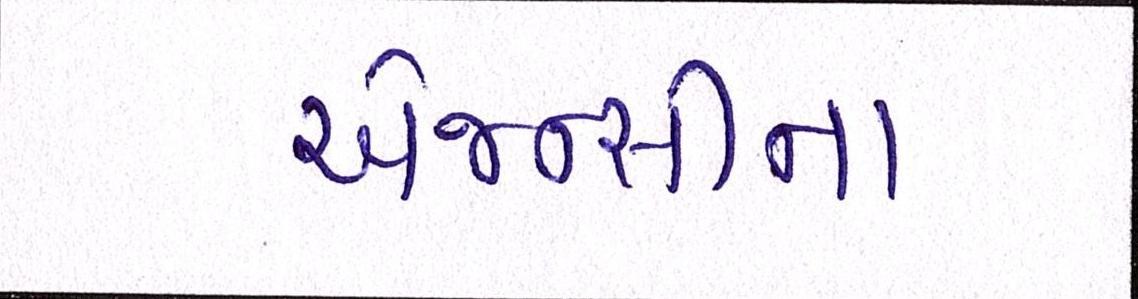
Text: એજન્સીના